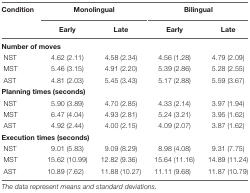
<table><thead><tr><td><b>Condition</b></td><td colspan="2"><b>Monolingual</b></td><td colspan="2"><b>Bilingual</b></td></tr><tr><td></td><td><b>Early</b></td><td><b>Late</b></td><td><b>Early</b></td><td><b>Late</b></td></tr></thead><tbody><tr><td colspan="5"><b>Number of moves</b></td></tr><tr><td>NST</td><td>4.62 (2.11)</td><td>4.58 (2.34)</td><td>4.56 (1.28)</td><td>4.79 (2.09)</td></tr><tr><td>MST</td><td>5.46 (3.15)</td><td>4.91 (2.20)</td><td>5.39 (2.86)</td><td>5.28 (2.55)</td></tr><tr><td>AST</td><td>4.81 (2.03)</td><td>5.45 (3.43)</td><td>5.17 (2.88)</td><td>5.59 (3.67)</td></tr><tr><td colspan="5"><b>Planning times (seconds)</b></td></tr><tr><td>NST</td><td>5.90 (3.89)</td><td>4.70 (2.85)</td><td>4.33 (2.14)</td><td>3.97 (1.94)</td></tr><tr><td>MST</td><td>6.47 (4.04)</td><td>4.93 (2.81)</td><td>5.24 (3.21)</td><td>3.95 (1.62)</td></tr><tr><td>AST</td><td>4.92 (2.44)</td><td>4.00 (2.15)</td><td>4.09 (2.07)</td><td>3.87 (1.62)</td></tr><tr><td colspan="5"><b>Execution times (seconds)</b></td></tr><tr><td>NST</td><td>9.01 (5.83)</td><td>9.09 (8.29)</td><td>8.98 (4.08)</td><td>9.31 (7.75)</td></tr><tr><td>MST</td><td>15.62 (10.99)</td><td>12.82 (9.36)</td><td>15.64 (11.16)</td><td>14.89 (11.24)</td></tr><tr><td>AST</td><td>10.89 (7.62)</td><td>11.88 (10.27)</td><td>11.11 (9.68)</td><td>11.87 (10.79)</td></tr></tbody></table>